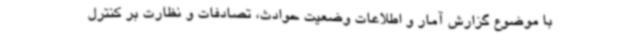
با موضوع گزارش آمار و اطلاعات وضعیت حوادث، تصادفات و نظارت بر کنترل